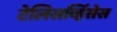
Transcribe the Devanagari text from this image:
टेलिसर्व्हिसेस